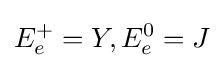
E_{e}^{+}=Y,E_{e}^{0}=J